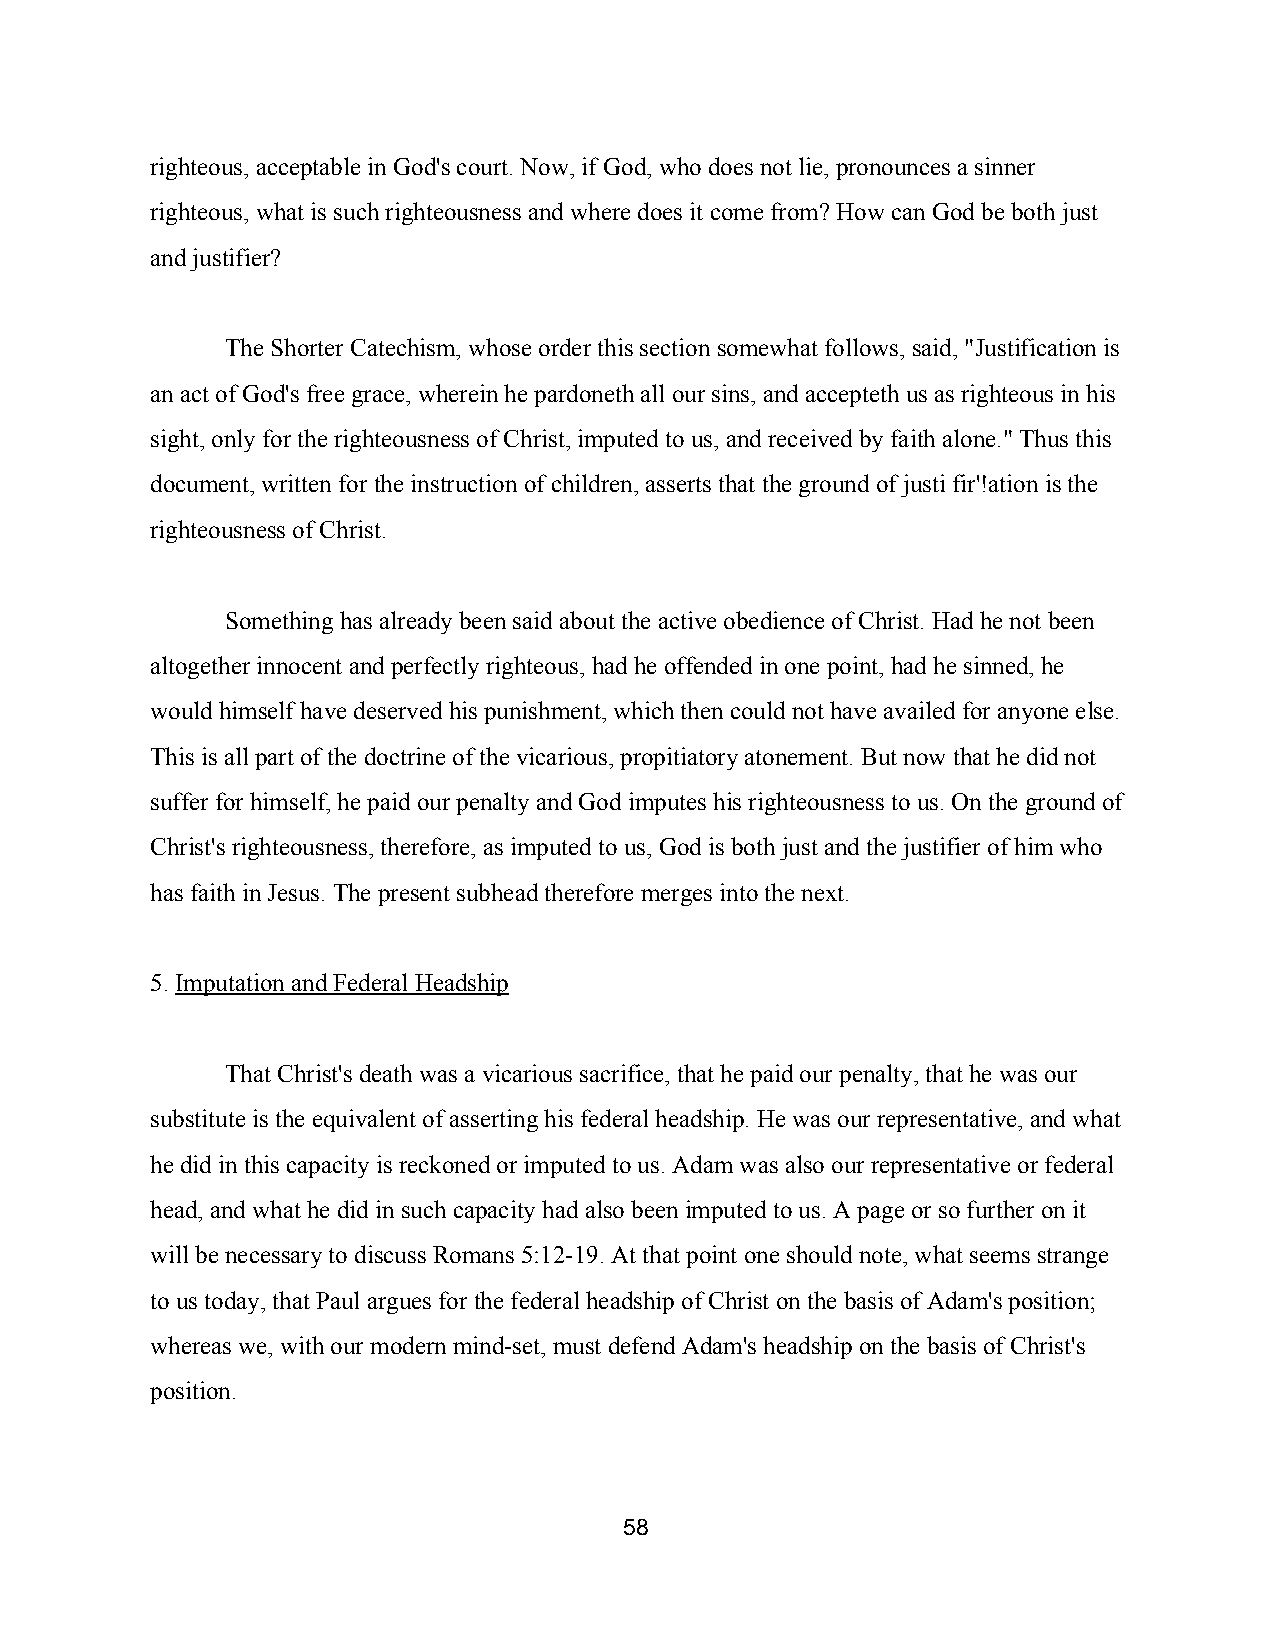
righteous, acceptable in God's court. Now, if God, who does not lie, pronounces a sinner
 righteous, what is such righteousness and where does it come from? How can God be both just
 and justifier?
 The Shorter Catechism, whose order this section somewhat follows, said, "Justification is
 an act of God's free grace, wherein he pardoneth all our sins, and accepteth us as righteous in his
 sight, only for the righteousness of Christ, imputed to us, and received by faith alone." Thus this
 document, written for the instruction of children, asserts that the ground of justi fir'!ation is the
 righteousness of Christ.
 Something has already been said about the active obedience of Christ. Had he not been
 altogether innocent and perfectly righteous, had he offended in one point, had he sinned, he
 would himself have deserved his punishment, which then could not have availed for anyone else.
 This is all part of the doctrine of the vicarious, propitiatory atonement. But now that he did not
 suffer for himself, he paid our penalty and God imputes his righteousness to us. On the ground of
 Christ's righteousness, therefore, as imputed to us, God is both just and the justifier of him who
 has faith in Jesus. The present subhead therefore merges into the next.
 5. Imputation and Federal Headship
 ​
 That Christ's death was a vicarious sacrifice, that he paid our penalty, that he was our
 substitute is the equivalent of asserting his federal headship. He was our representative, and what
 he did in this capacity is reckoned or imputed to us. Adam was also our representative or federal
 head, and what he did in such capacity had also been imputed to us. A page or so further on it
 will be necessary to discuss Romans 5:12­19. At that point one should note, what seems strange
 to us today, that Paul argues for the federal headship of Christ on the basis of Adam's position;
 whereas we, with our modern mind­set, must defend Adam's headship on the basis of Christ's
 position.
 58